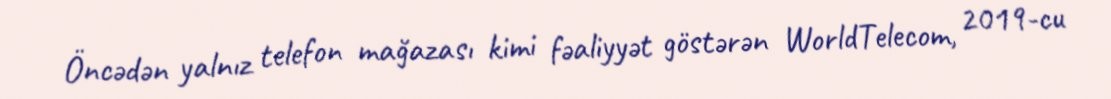
Öncədən yalnız telefon mağazası kimi fəaliyyət göstərən WorldTelecom, 2019-cu